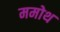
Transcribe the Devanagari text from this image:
ममोथ